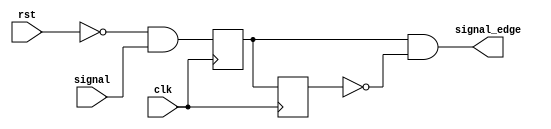
module get_edge(
    input clk,
    input rst,
    input signal,
    output signal_edge
);
    reg signal_r1, signal_r2;
    always @(posedge clk) signal_r1 <= ~rst & signal;
    always @(posedge clk) signal_r2 <= signal_r1;
    assign signal_edge = signal_r1 & ~signal_r2;
endmodule